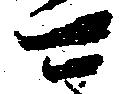
マ